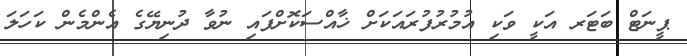
ޕީނަޓް ބަޓަރ އަކީ ވަކި އުމުރުފުރައަކަށް ޚާއްސަކޮށްފައި ނުވާ ދުނިޔޭގެ އެންމެން ކަހަލަ